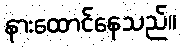
နားထောင်နေသည်။